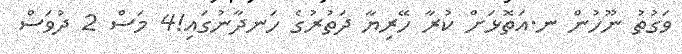
ވަގުތު ނޫހުން ނ.އަތޮޅަށް ކުރާ ހޭރިޔާ ދަތުރުގެ ހަނދާނުގައި!4 މަސް 2 ދުވަސް